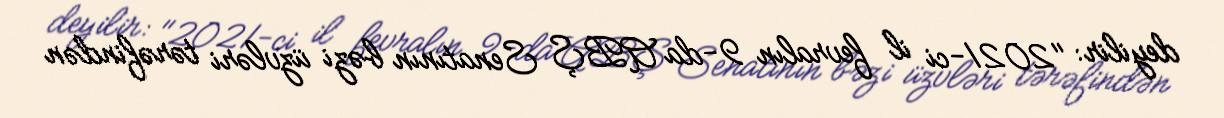
deyilir: "2021-ci il fevralın 9-da ABŞ Senatının bəzi üzvləri tərəfindən